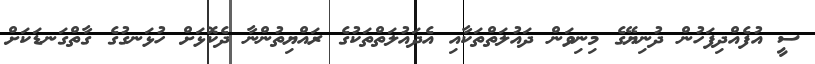
ސީ އުފެއްދިފަހުން ދުނިޔޭގެ މިނިވަން ދައުލަތްތަކާއި އެދައުލަތްތަކުގެ ރައްޔިތުންނާ ދެކޮޅަށް ހުޅަނގުގެ ގާތްގަނޑަކަށް